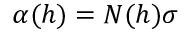
\alpha ( h ) = N ( h ) \sigma